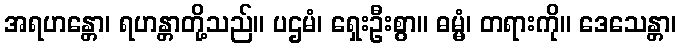
အရဟန္တော၊ ရဟန္တာတို့သည်။ ပဌမံ၊ ရှေးဦးစွာ။ ဓမ္မံ၊ တရားကို။ ဒေသေန္တာ၊